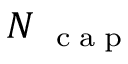
N _ { \mathrm { ~ \tiny ~ c ~ a ~ p ~ } }